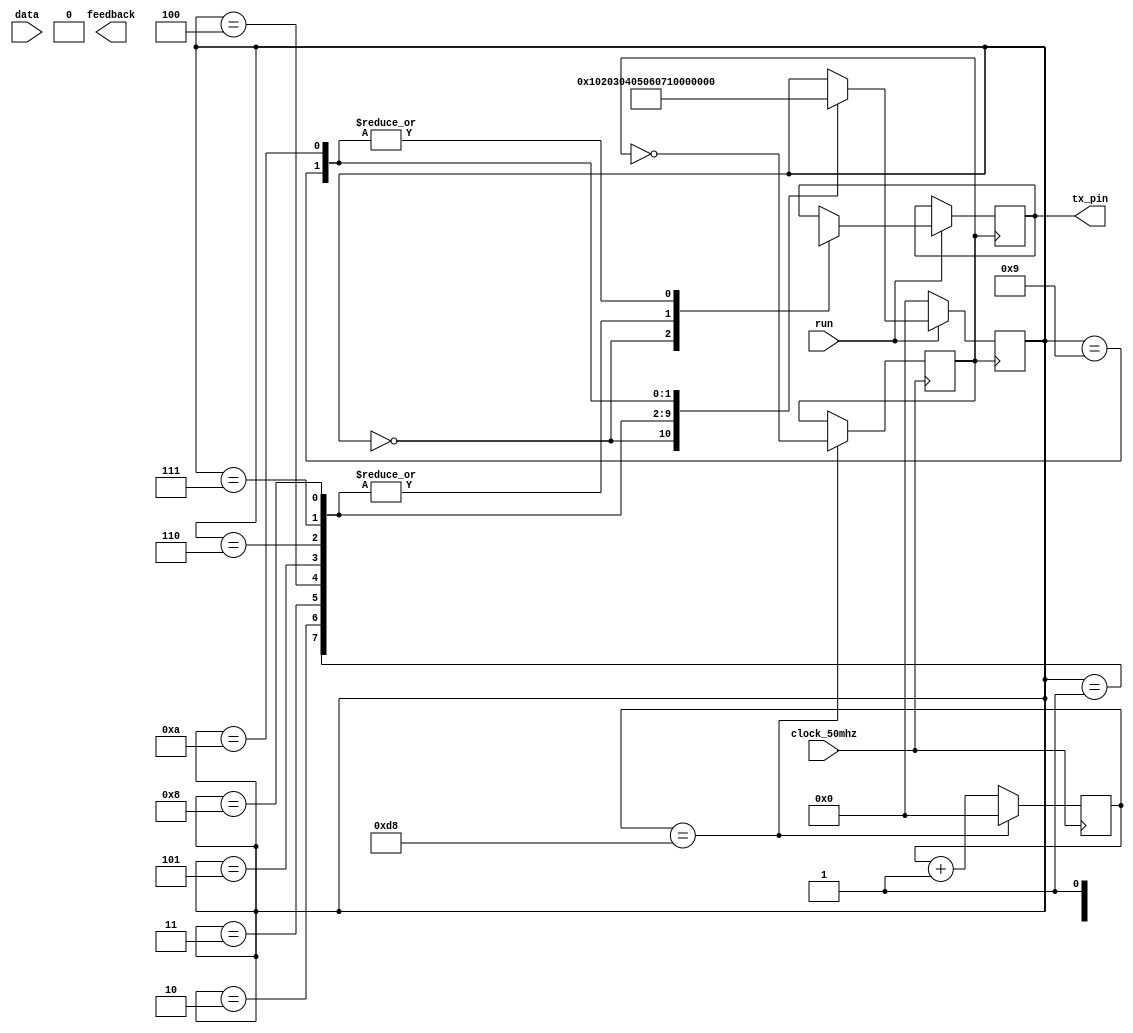
module uartWrite(
						clock_50mhz,
						data,
						run,
						feedback,
						tx_pin
			);
			
// khai bao dau vao dau ra cho module
input 			clock_50mhz;		// xung dau vao
input [7:0] 	data; 				// 8bit data gui di
input 			run;					// 0 reset tham so chuan bi gui data cho lan toi, 1 gui data
output			tx_pin;				// chan tx là chân out ra			
output wire		feedback;			// tra ve ket qua = 1 khi da gui xong data

// khai bao cac bien 

reg	clock;							// xung clock voi baurade 115200/s
reg	fb;								// bien phan hoi ket qua
reg 	tx;								// bien gan gia tri cho chan tx
reg	[7:0]		counter;				// 50000000:115200:2 = 217. tính so xung cho 1 nua chu ky baurate 115200/s
reg	[7:0]		stt_tx;				//	trang thai khung truyen uart




// hàm tao xung clock baurade 115200/s

always@(posedge clock_50mhz)
	begin
		if(counter == 8'd216)
			begin
				counter<=0;
				clock= ~clock; 
			end
		else
			counter <= counter + 1;
	end
	
// chuong trinh gui data

always@(posedge clock)
	begin
		if(run)																	//khoi tao 
			case(stt_tx)
				8'd0: begin tx<=0; 				stt_tx<=1; end					// start
				8'd1:	begin tx <= data_tx[0]; stt_tx<=2; end					// gui bit lsb - bit[0]
				8'd2:	begin tx <= data_tx[1]; stt_tx<=3; end					//  bit[1]
				8'd3:	begin tx <= data_tx[2]; stt_tx<=4; end					//  bit[2]
				8'd4:	begin tx <= data_tx[3]; stt_tx<=5; end					//  bit[3]
				8'd5:	begin tx <= data_tx[4]; stt_tx<=6; end					//  bit[4]
				8'd6:	begin tx <= data_tx[5]; stt_tx<=7; end					//  bit[5]
				8'd7:	begin tx <= data_tx[6]; stt_tx<=8; end					//  bit[6]
				8'd8:	begin tx <= data_tx[7]; stt_tx<=9; end					//  gui bit msb - bit[7]
				8'd9:	begin tx <= 1; 			stt_tx<=10; end				//  stop
				8'd10:begin tx <= 1; 			stt_tx<=11; fb <=1; end					
				
			endcase
		else if(!run)
			begin
				fb <= 0;
				stt_tx <= 0;
			end
	end

assign tx_pin = tx;
	
endmodule